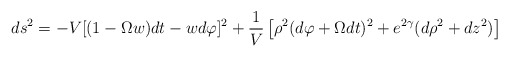
\begin{align*} ds^2 = -V [(1-\Omega w)dt-w d\varphi]^2 +{1 \over V} \left[\rho^2 (d\varphi+\Omega dt)^2 +e^{2 \gamma} (d \rho^2 + dz^2 )\right]\end{align*}